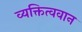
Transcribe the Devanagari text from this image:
व्यक्तित्ववान